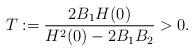
LaTeX: \begin{align*}T:=\frac{2B_{1}H(0)}{H^{2}(0)-2B_{1}B_{2}}>0. \end{align*}